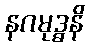
နဂမုဒ္ဓနိ